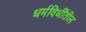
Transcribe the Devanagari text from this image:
धर्मविधींतील